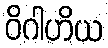
ဝိဂါဟိယ